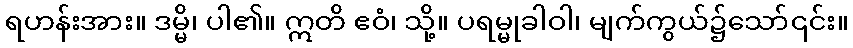
ရဟန်းအား။ ဒမ္မိ၊ ပါ၏။ ဣတိ ဧဝံ၊ သို့။ ပရမ္မုခါဝါ၊ မျက်ကွယ်၌သော်၎င်း။